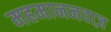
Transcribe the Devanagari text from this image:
महमाननवाज़